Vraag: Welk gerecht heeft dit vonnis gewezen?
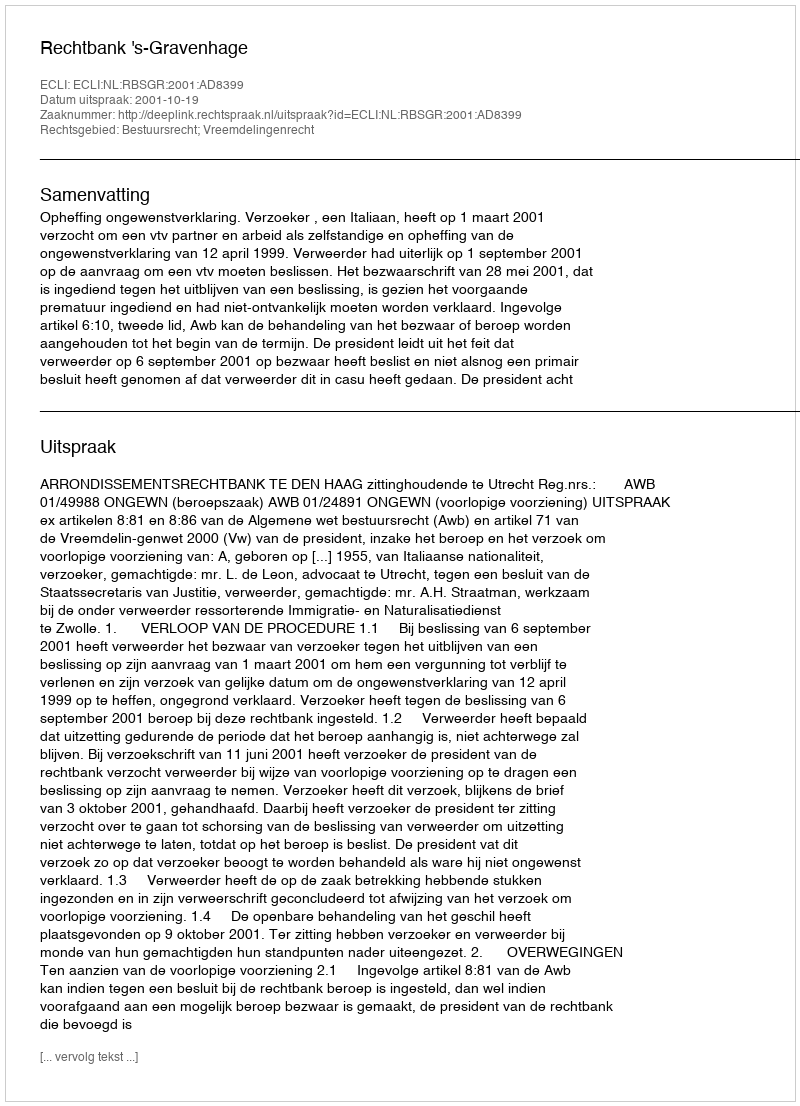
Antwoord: Rechtbank 's-Gravenhage